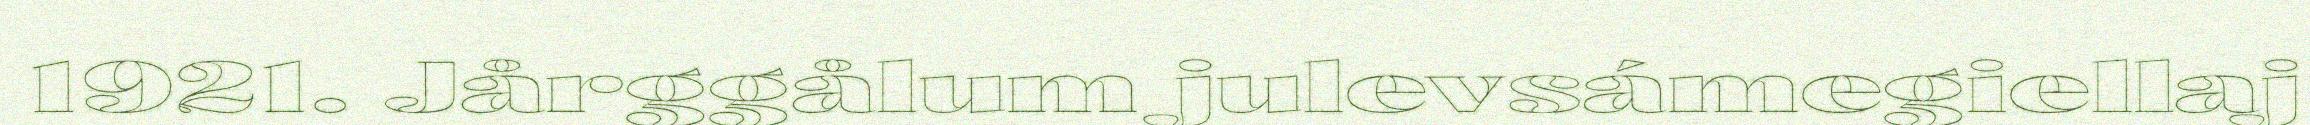
1921. Jårggålum julevsámegiellaj